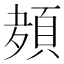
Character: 𮨊